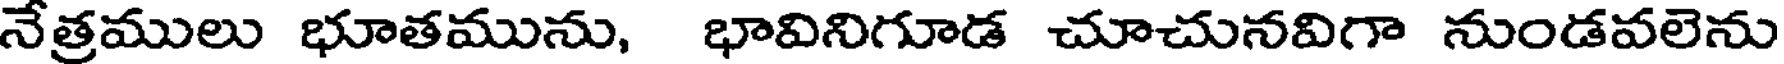
నేత్రములు భూతమును, భావినిగూడ చూచునవిగా నుండవలెను